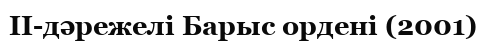
II-дәрежелі Барыс ордені (2001)